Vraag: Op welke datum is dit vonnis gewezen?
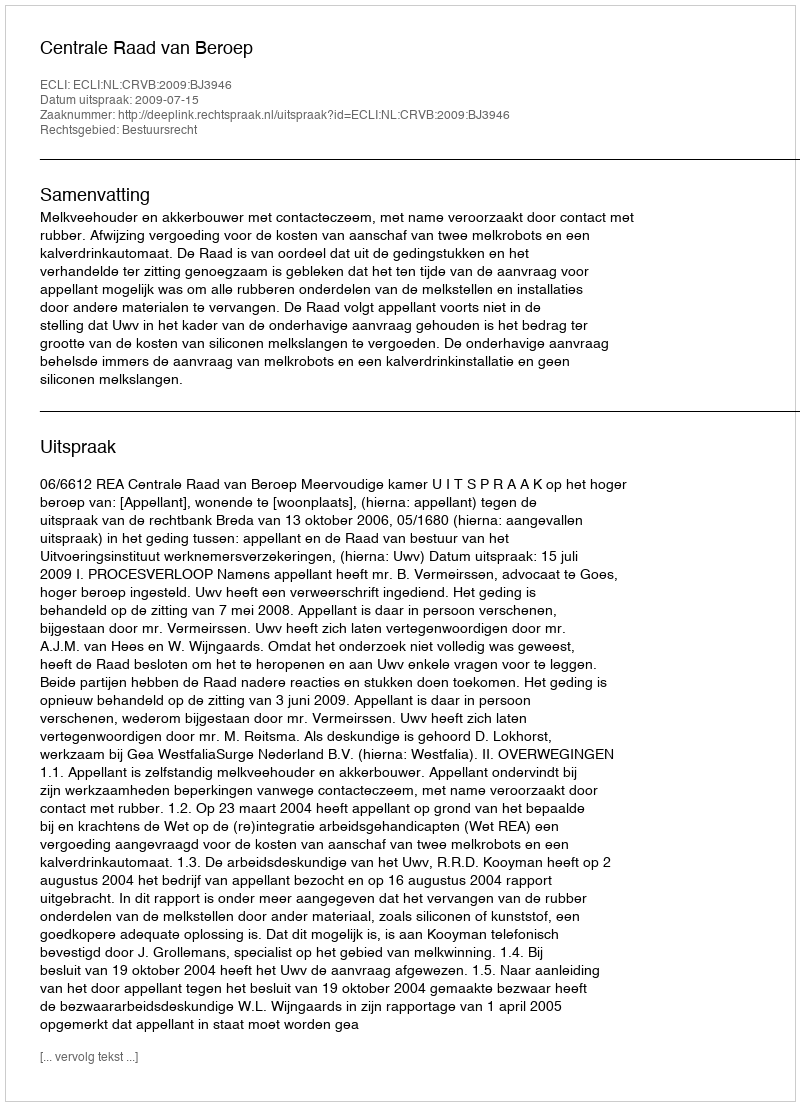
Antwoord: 2009-07-15